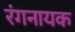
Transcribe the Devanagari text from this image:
रंगनायक